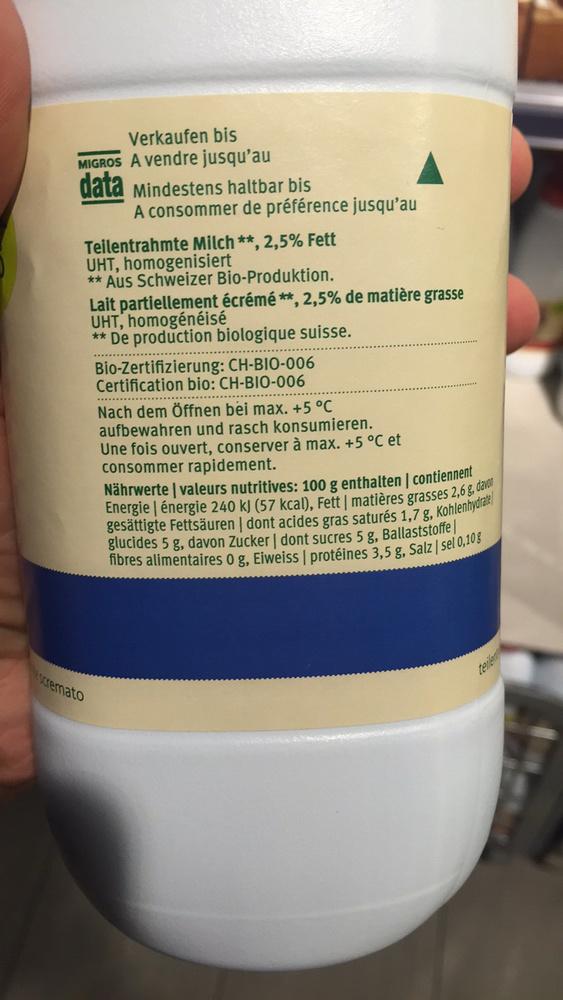
Verkaufen bis MIGROS A vendre jusqu'au data Mindestens haltbar bis
A consommer de préférence jusqu'au
Teilentrahmte Milch **, 2,5% Fett UHT, homogenisiert
** Aus Schweizer Bio-Produktion.
Lait partiellement écrémé **, 2,5% de matière grasse UHT, homogénéisé
** De production biologique suisse.
.......
scremato
Bio-Zertifizierung: CH-BIO-006 Certification bio: CH-BIO-006
Nach dem Öffnen bei max. +5 °C aufbewahren und rasch konsumieren. Une fois ouvert, conserver à max. +5 °C et consommer rapidement.
Nährwerte | valeurs nutritives: 100 g enthalten | contiennent
Energie énergie 240 kJ (57 kcal), Fett | matières grasses 2,6 g, davon gesättigte Fettsäuren | dont acides gras saturés 1,7 g, Kohlenhydrate glucides 5 g, davon Zucker | dont sucres 5 g, Ballaststoffe fibres alimentaires 0 g, Eiweiss | protéines 3,5 g, Salz|sel 0,10 g